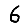
Digit: 6